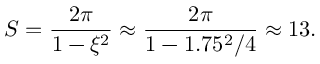
S = \frac { 2 \pi } { 1 - \xi ^ { 2 } } \approx \frac { 2 \pi } { 1 - 1 . 7 5 ^ { 2 } / 4 } \approx 1 3 .